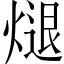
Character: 煺